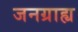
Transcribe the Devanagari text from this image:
जनग्राह्य